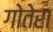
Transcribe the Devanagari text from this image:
गोतेरा